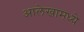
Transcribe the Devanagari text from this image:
आलेखामध्ये